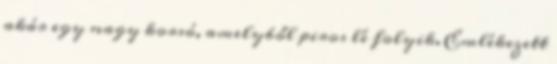
akár egy nagy korsó, amelyből piros lé folyik. Emlékezett